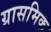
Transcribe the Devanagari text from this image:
ग्रासमिक